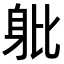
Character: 𨈚